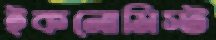
ইকনোমিস্ট